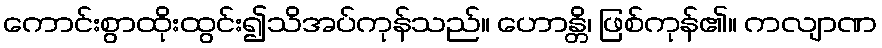
ကောင်းစွာထိုးထွင်း၍သိအပ်ကုန်သည်။ ဟောန္တိ၊ ဖြစ်ကုန်၏။ ကလျာဏ